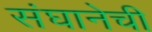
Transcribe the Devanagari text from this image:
संघानेची